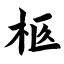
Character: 柩